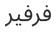
فرفير